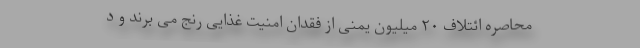
محاصره ائتلاف ۲۰ میلیون یمنی از فقدان امنیت غذایی رنج می برند و د